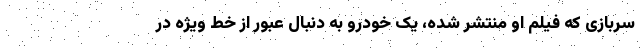
سربازی که فیلم او منتشر شده، یک خودرو به دنبال عبور از خط ویژه در